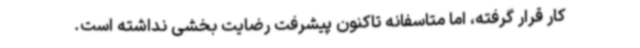
کار قرار گرفته، اما متاسفانه تاکنون پیشرفت رضایت بخشی نداشته است.